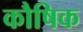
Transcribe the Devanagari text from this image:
कौषिक